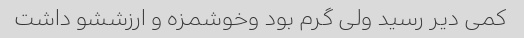
کمی دیر رسید ولی گرم بود وخوشمزه و ارزششو داشت